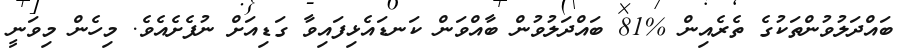
ބައްދަލުވުންތަކުގެ ތެރެއިން %81 ބައްދަލުވުން ބާއްވަން ކަނޑައެޅިފައިވާ ގަޑިއަށް ނުފެށެއެވެ. މިހެން މިވަނީ